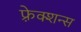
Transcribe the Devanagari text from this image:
फ़्रेक्शन्स